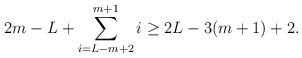
LaTeX: \begin{align*} 2m-L + \sum_{i = L-m+2}^{m+1}i \geq 2L - 3(m+1) + 2. \end{align*}